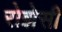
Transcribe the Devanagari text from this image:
रोझेसी